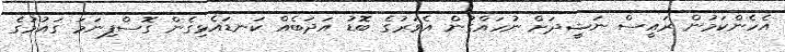
އެހެންކަމުން ރައީސް ނަޝީދަށް ނުހައްގުން އެވަރުގެ ބޮޑު އަދަބެއް ކަނޑައެޅިގެން ގޮސްފިނަމަ ގައުމުގެ